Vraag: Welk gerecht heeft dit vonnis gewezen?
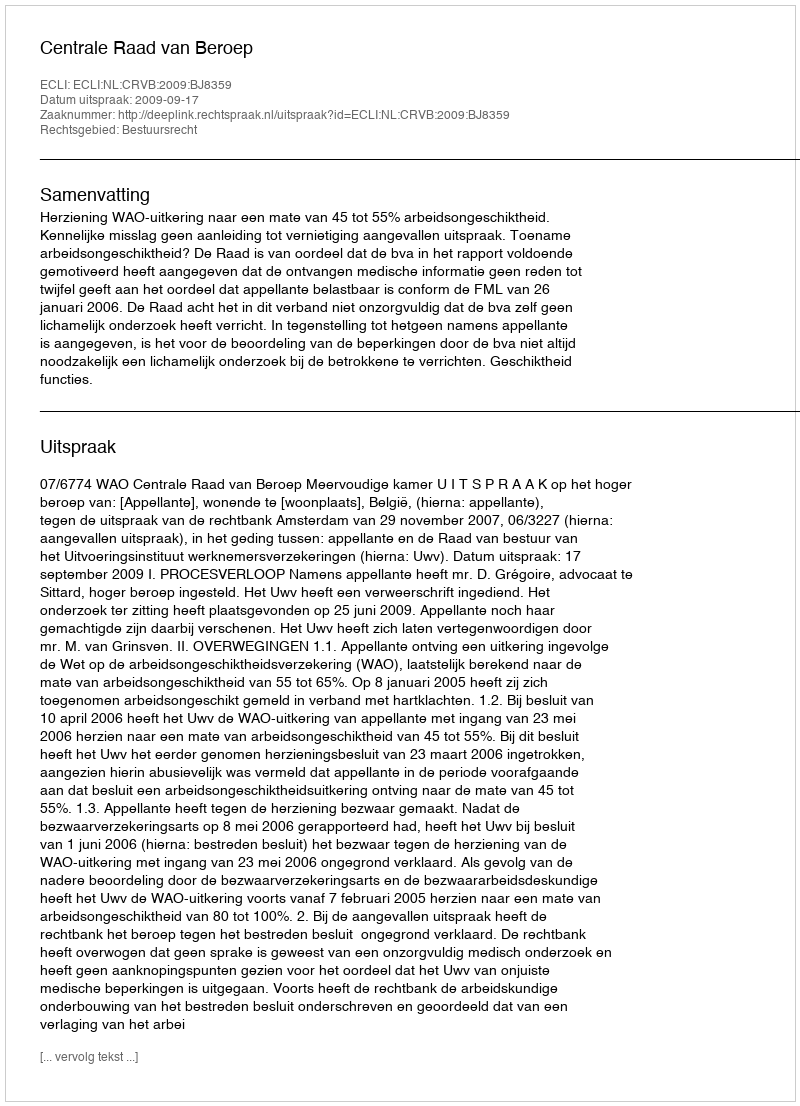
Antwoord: Centrale Raad van Beroep